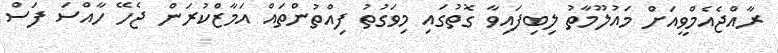
ރާއްޖެއެމްވީއަށް މައުލޫމާތު ލިބިފައިވާ ގޮތުގައި މިވަގުތު ފިއްތުންތައް އަމާޒްކުރަން ޖެހޭ ހާއްސަ ފަސް